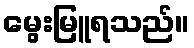
မွေးမြူရသည်။